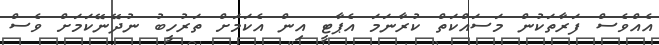
އެއްވެސް ފަރާތަކުން މަސައްކަތް ކުރާނަމަ އެޕާޓީ އިން އެކަމަށް ތަރުހީބު ނުދޭނޭކަމަށް ވެސް